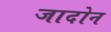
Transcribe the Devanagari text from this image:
जादोन